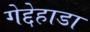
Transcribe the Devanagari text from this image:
गेद्देहाडा